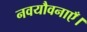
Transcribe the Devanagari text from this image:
नवयौवनाएँ।